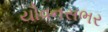
યૌવનસભર